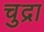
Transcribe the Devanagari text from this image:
चुद्रा